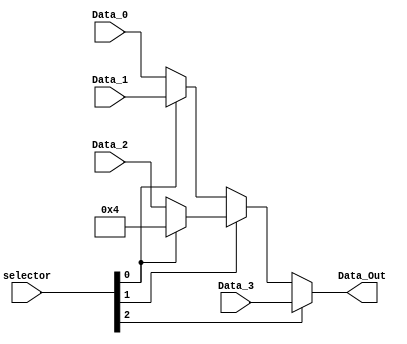
module MUX_7(
	input	wire [2:0] selector,
	input	wire [31:0] Data_0, //sada de B 000
	input 	wire [31:0] Data_1, //sada de shift left 001
	input	wire [31:0] Data_2, //sada de MDR 010
	//numero 4 011
	input	wire [31:0] Data_3, //sada de signextend 100
	output	wire [31:0] Data_Out
);
	wire [31:0] A1;
	wire [31:0] A2;
	wire [31:0] A3;

	assign A1 = (selector[0]) ? Data_1 : Data_0; //x0x
	assign A2 = (selector[0]) ? 32'd4 : Data_2; //x1x
	
	

	assign A3 = (selector[1]) ? A2 : A1; //0xx

	assign Data_Out = (selector[2]) ? Data_3 : A3;


endmodule